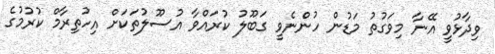
ވިދާޅުވީ އޭނާ މިވަގުތު މަޑުން ހުންނެވީ ގަބޫލު ކުރައްވާ އުސޫލުތަކަށް އިހުތިރާމް ކުރުމުގެ